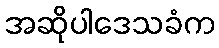
အဆိုပါဒေသခံက